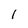
Character: I